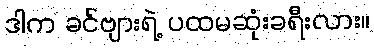
ဒါက ခင်ဗျားရဲ့ ပထမဆုံးခရီးလား။